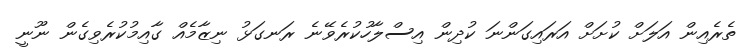
ތެރެއިން އަލަށް ކުށަށް އަރައިގަންނަ ކުދިން އިސްލާހުކުރެވޭނެ ރަނގަޅު ނިޒާމެއް ގާއިމުކުރެވިގެން ނޫނީ